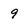
Character: 9